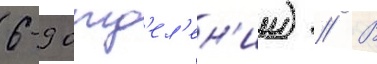
6-9 отд'ел'ен'ии) // В